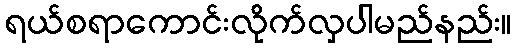
ရယ်စရာကောင်းလိုက်လှပါမည်နည်း။